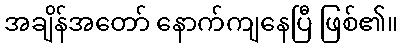
အချိန်အတော် နောက်ကျနေပြီ ဖြစ်၏။